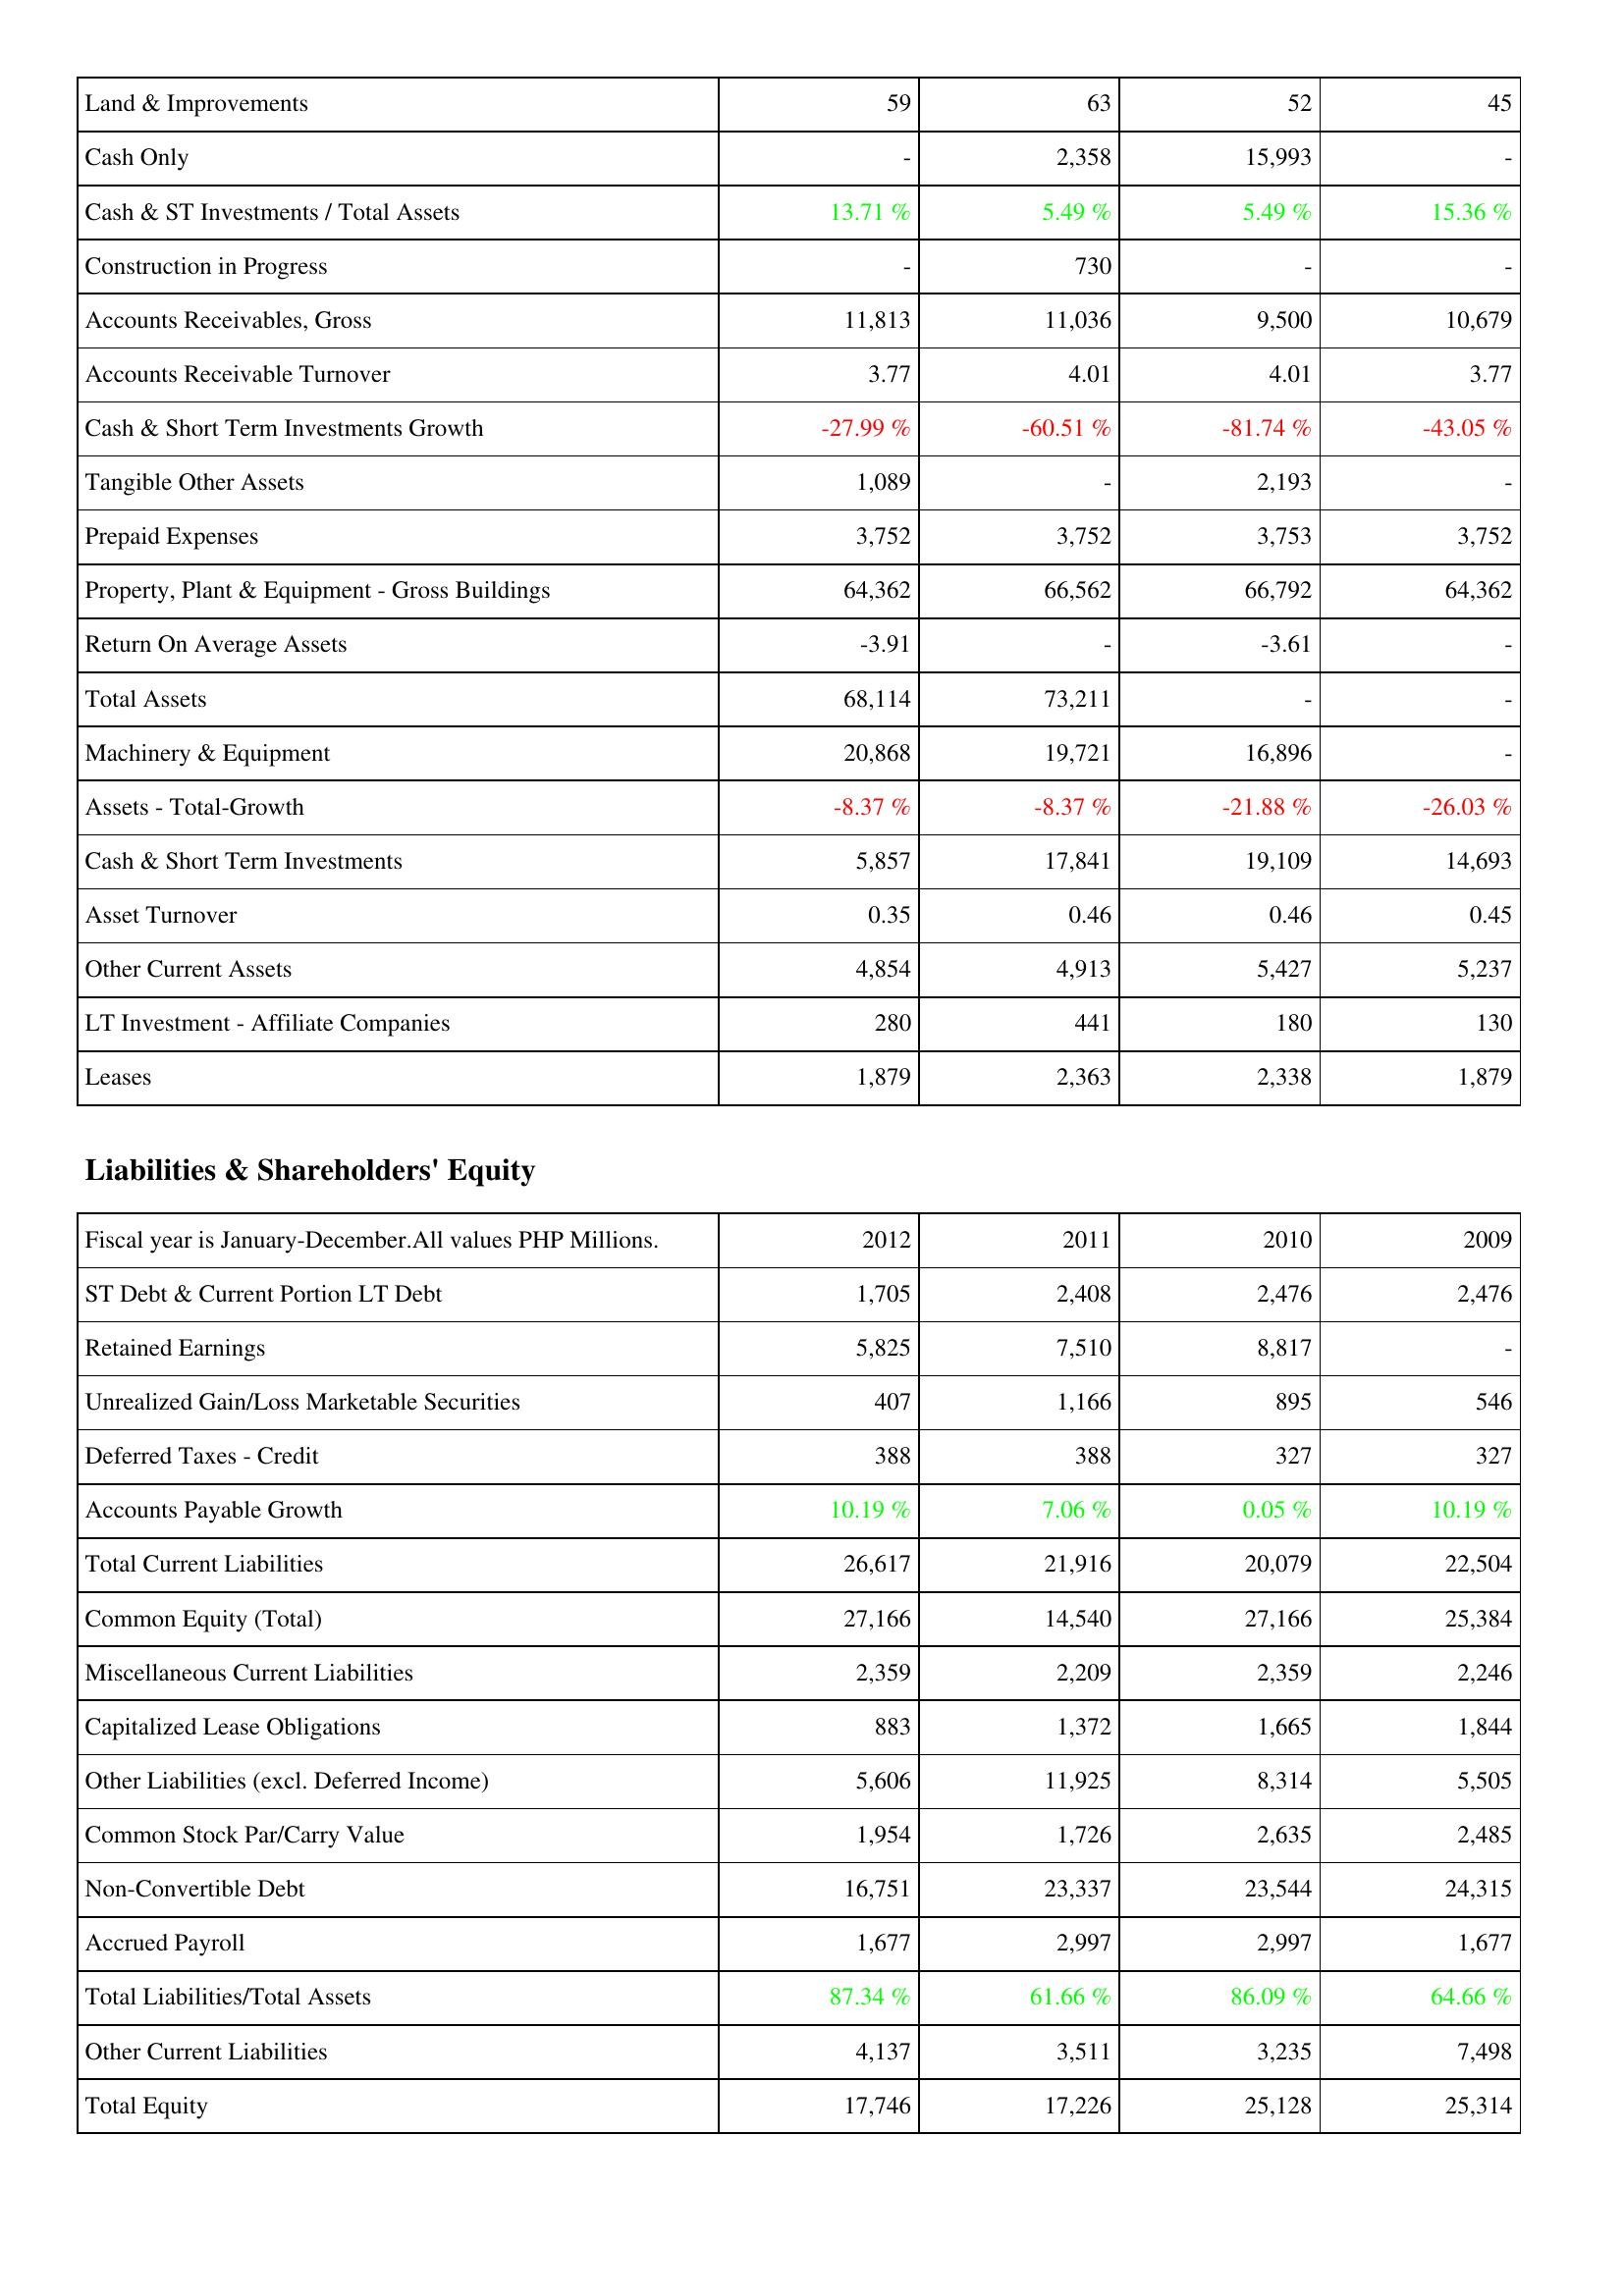
2012: Assets: Land & Improvements: 59
Cash Only: -
Cash & ST Investments / Total Assets: 13.71 %
Construction in Progress: -
Accounts Receivables, Gross: 11,813
Accounts Receivable Turnover: 3.77
Cash & Short Term Investments Growth: -27.99 %
Tangible Other Assets: 1,089
Prepaid Expenses: 3,752
Property, Plant & Equipment - Gross Buildings: 64,362
Return On Average Assets: -3.91
Total Assets: 68,114
Machinery & Equipment: 20,868
Assets - Total-Growth: -8.37 %
Cash & Short Term Investments: 5,857
Asset Turnover: 0.35
Other Current Assets: 4,854
LT Investment - Affiliate Companies: 280
Leases: 1,879
Liabilities & Shareholders' Equity: ST Debt & Current Portion LT Debt: 1,705
Retained Earnings: 5,825
Unrealized Gain/Loss Marketable Securities: 407
Deferred Taxes - Credit: 388
Accounts Payable Growth: 10.19 %
Total Current Liabilities: 26,617
Common Equity (Total): 27,166
Miscellaneous Current Liabilities: 2,359
Capitalized Lease Obligations: 883
Other Liabilities (excl. Deferred Income): 5,606
Common Stock Par/Carry Value: 1,954
Non-Convertible Debt: 16,751
Accrued Payroll: 1,677
Total Liabilities/Total Assets: 87.34 %
Other Current Liabilities: 4,137
Total Equity: 17,746
2011: Assets: Land & Improvements: 63
Cash Only: 2,358
Cash & ST Investments / Total Assets: 5.49 %
Construction in Progress: 730
Accounts Receivables, Gross: 11,036
Accounts Receivable Turnover: 4.01
Cash & Short Term Investments Growth: -60.51 %
Tangible Other Assets: -
Prepaid Expenses: 3,752
Property, Plant & Equipment - Gross Buildings: 66,562
Return On Average Assets: -
Total Assets: 73,211
Machinery & Equipment: 19,721
Assets - Total-Growth: -8.37 %
Cash & Short Term Investments: 17,841
Asset Turnover: 0.46
Other Current Assets: 4,913
LT Investment - Affiliate Companies: 441
Leases: 2,363
Liabilities & Shareholders' Equity: ST Debt & Current Portion LT Debt: 2,408
Retained Earnings: 7,510
Unrealized Gain/Loss Marketable Securities: 1,166
Deferred Taxes - Credit: 388
Accounts Payable Growth: 7.06 %
Total Current Liabilities: 21,916
Common Equity (Total): 14,540
Miscellaneous Current Liabilities: 2,209
Capitalized Lease Obligations: 1,372
Other Liabilities (excl. Deferred Income): 11,925
Common Stock Par/Carry Value: 1,726
Non-Convertible Debt: 23,337
Accrued Payroll: 2,997
Total Liabilities/Total Assets: 61.66 %
Other Current Liabilities: 3,511
Total Equity: 17,226
2010: Assets: Land & Improvements: 52
Cash Only: 15,993
Cash & ST Investments / Total Assets: 5.49 %
Construction in Progress: -
Accounts Receivables, Gross: 9,500
Accounts Receivable Turnover: 4.01
Cash & Short Term Investments Growth: -81.74 %
Tangible Other Assets: 2,193
Prepaid Expenses: 3,753
Property, Plant & Equipment - Gross Buildings: 66,792
Return On Average Assets: -3.61
Total Assets: -
Machinery & Equipment: 16,896
Assets - Total-Growth: -21.88 %
Cash & Short Term Investments: 19,109
Asset Turnover: 0.46
Other Current Assets: 5,427
LT Investment - Affiliate Companies: 180
Leases: 2,338
Liabilities & Shareholders' Equity: ST Debt & Current Portion LT Debt: 2,476
Retained Earnings: 8,817
Unrealized Gain/Loss Marketable Securities: 895
Deferred Taxes - Credit: 327
Accounts Payable Growth: 0.05 %
Total Current Liabilities: 20,079
Common Equity (Total): 27,166
Miscellaneous Current Liabilities: 2,359
Capitalized Lease Obligations: 1,665
Other Liabilities (excl. Deferred Income): 8,314
Common Stock Par/Carry Value: 2,635
Non-Convertible Debt: 23,544
Accrued Payroll: 2,997
Total Liabilities/Total Assets: 86.09 %
Other Current Liabilities: 3,235
Total Equity: 25,128
2009: Assets: Land & Improvements: 45
Cash Only: -
Cash & ST Investments / Total Assets: 15.36 %
Construction in Progress: -
Accounts Receivables, Gross: 10,679
Accounts Receivable Turnover: 3.77
Cash & Short Term Investments Growth: -43.05 %
Tangible Other Assets: -
Prepaid Expenses: 3,752
Property, Plant & Equipment - Gross Buildings: 64,362
Return On Average Assets: -
Total Assets: -
Machinery & Equipment: -
Assets - Total-Growth: -26.03 %
Cash & Short Term Investments: 14,693
Asset Turnover: 0.45
Other Current Assets: 5,237
LT Investment - Affiliate Companies: 130
Leases: 1,879
Liabilities & Shareholders' Equity: ST Debt & Current Portion LT Debt: 2,476
Retained Earnings: -
Unrealized Gain/Loss Marketable Securities: 546
Deferred Taxes - Credit: 327
Accounts Payable Growth: 10.19 %
Total Current Liabilities: 22,504
Common Equity (Total): 25,384
Miscellaneous Current Liabilities: 2,246
Capitalized Lease Obligations: 1,844
Other Liabilities (excl. Deferred Income): 5,505
Common Stock Par/Carry Value: 2,485
Non-Convertible Debt: 24,315
Accrued Payroll: 1,677
Total Liabilities/Total Assets: 64.66 %
Other Current Liabilities: 7,498
Total Equity: 25,314